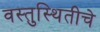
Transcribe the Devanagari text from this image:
वस्तुस्थितीचे